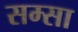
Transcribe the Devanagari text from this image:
सम्सा